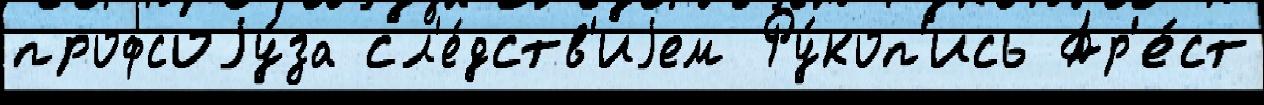
профсоjу́за сл'е́дств'иjем Ру́коп'ись Ар'е́ст